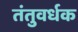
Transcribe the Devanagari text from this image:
तंतुवर्धक